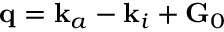
\mathbf { q } = \mathbf { k } _ { a } - \mathbf { k } _ { i } + \mathbf { G } _ { 0 }